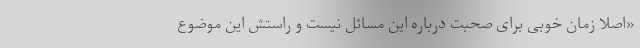
«اصلا زمان خوبی برای صحبت درباره این مسائل نیست و راستش این موضوع